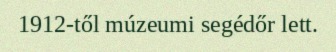
1912-től múzeumi segédőr lett.